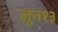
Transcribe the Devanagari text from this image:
जून१३